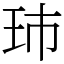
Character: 㺻